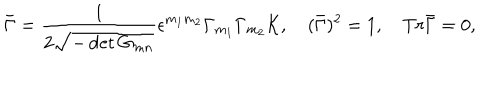
\bar { \Gamma } = { \frac { 1 } { 2 \sqrt { - \det { G _ { m n } } } } } \epsilon ^ { m _ { 1 } m _ { 2 } } \Gamma _ { m _ { 1 } } \Gamma _ { m _ { 2 } } { \cal K } , \quad ( \bar { \Gamma } ) ^ { 2 } = 1 , \quad T r \bar { \Gamma } = 0 ,